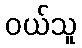
ဝယ်သူ